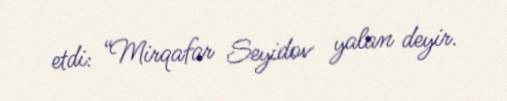
etdi: “Mirqafar Seyidov yalan deyir.